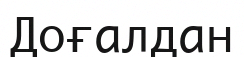
Доғалдан